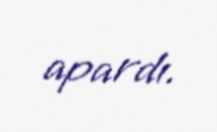
apardı.